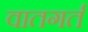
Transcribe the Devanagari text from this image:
वातगर्त